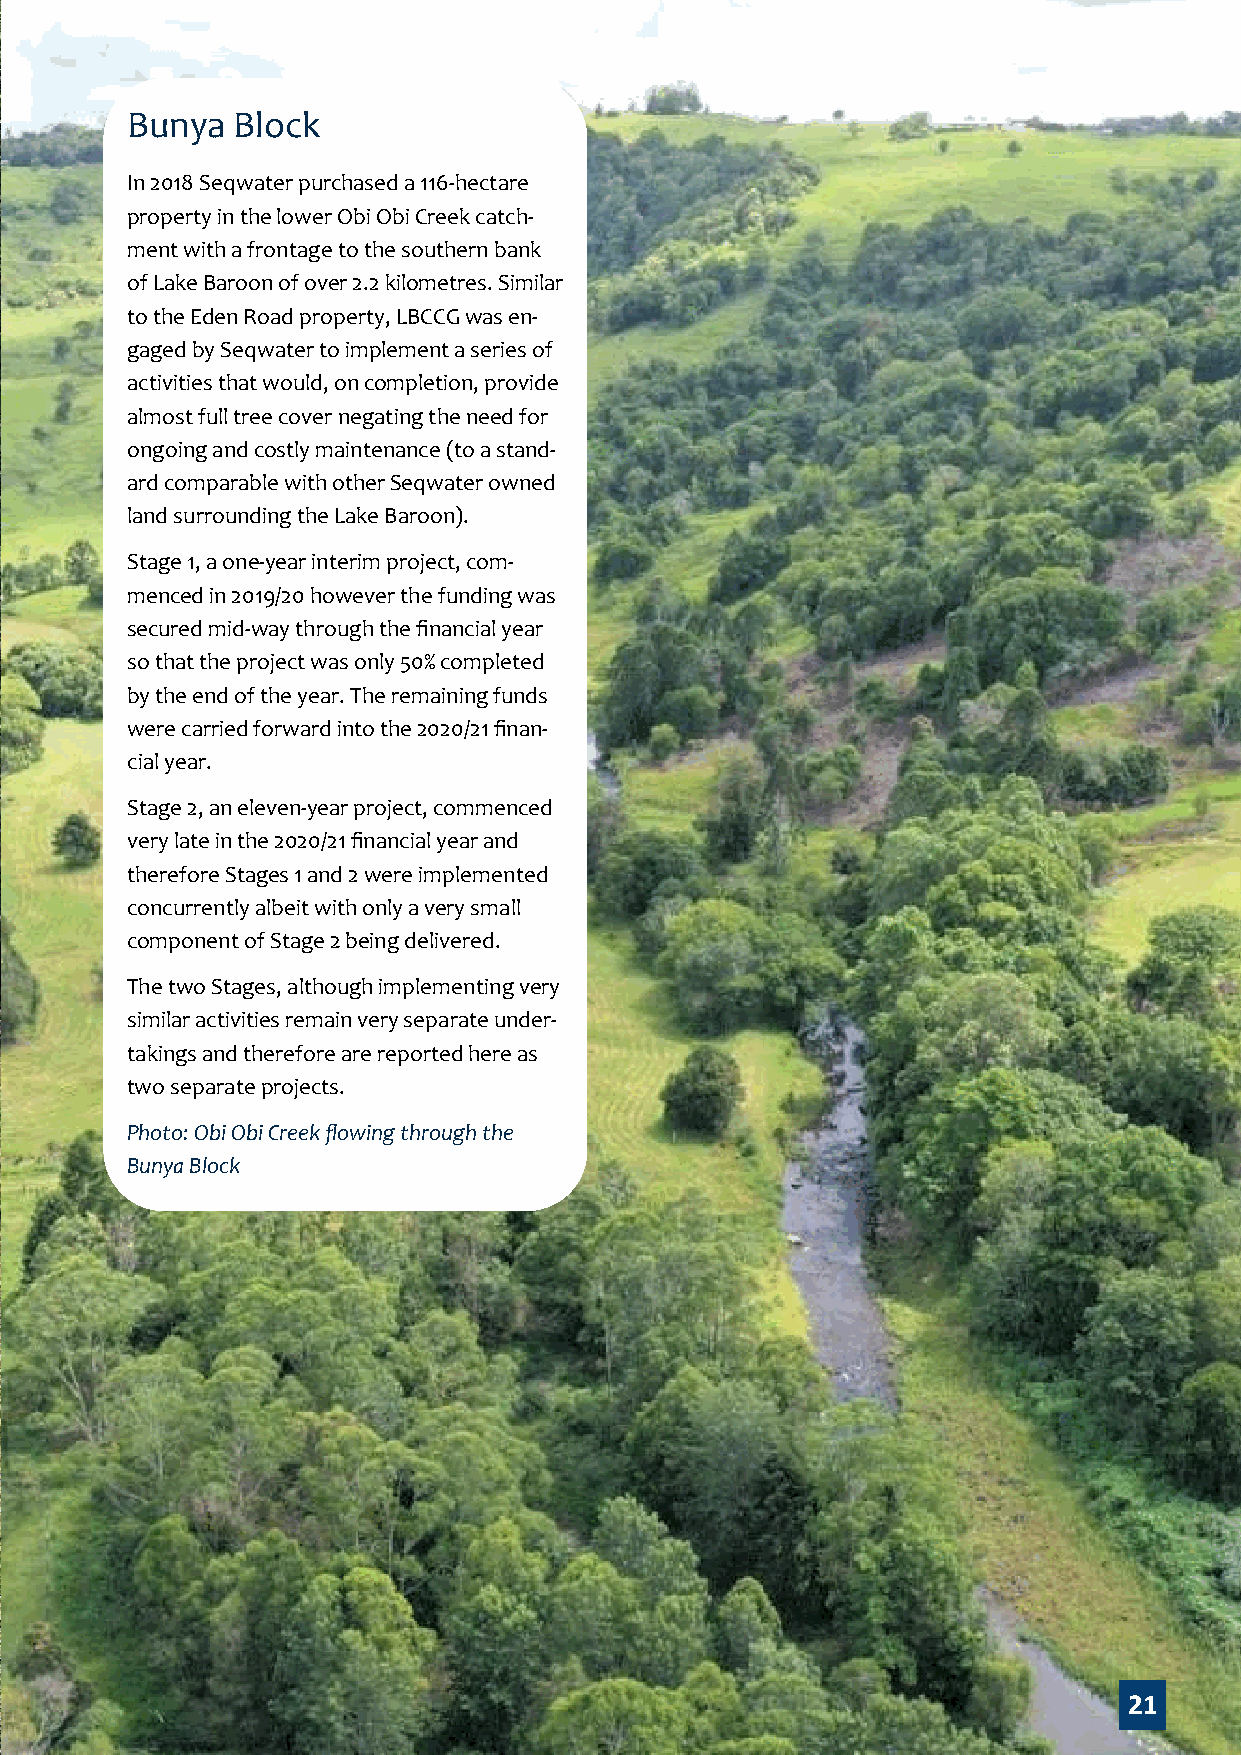
Bunya  Block
 In 2018 Seqwater purchased a 116-hectare
 property in the lower Obi Obi Creek catch-
 ment with a frontage to the southern bank
 of Lake Baroon of over 2.2 kilometres. Similar
 to the Eden Road property, LBCCG was en-
 gaged by Seqwater to implement a series of
 activities that would, on completion, provide
 almost full tree cover negating the need for
 ongoing and costly maintenance (to a stand-
 ard comparable with other Seqwater owned
 land surrounding the Lake Baroon).
 Stage 1, a one-year interim project, com-
 menced in 2019/20 however the funding was
 secured mid-way through the financial year
 so that the project was only 50% completed
 by the end of the year. The remaining funds
 were carried forward into the 2020/21 finan-
 cial year.
 Stage 2, an eleven-year project, commenced
 very late in the 2020/21 financial year and
 therefore Stages 1 and 2 were implemented
 concurrently albeit with only a very small
 component of Stage 2 being delivered.
 The two Stages, although implementing very
 similar activities remain very separate under-
 takings and therefore are reported here as
 two separate projects.
 Photo: Obi Obi Creek flowing through the
 Bunya Block
 21